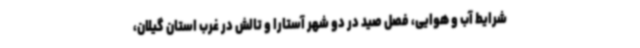
شرایط آب و هوایی، فصل صید در دو شهر آستارا و تالش در غرب استان گیلان،